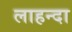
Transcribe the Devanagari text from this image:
लाहन्दा